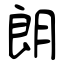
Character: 朗